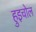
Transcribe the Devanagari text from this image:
हुइचोल